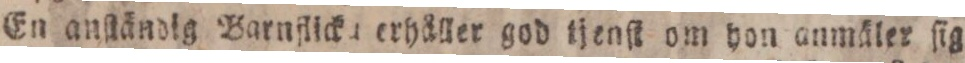
En anſtändig Barnflicka erhåller god tjenſt om hon anmäler ſig